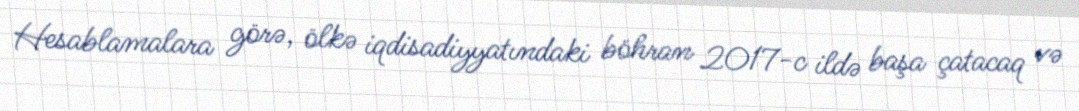
Hesablamalara görə, ölkə iqdisadiyyatındaki böhran 2017-c ildə başa çatacaq və